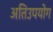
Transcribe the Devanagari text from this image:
अतिउपयोग